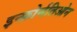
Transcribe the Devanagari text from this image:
इन्फ़ोर्मतिओन